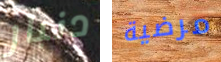
دنبار مرضية